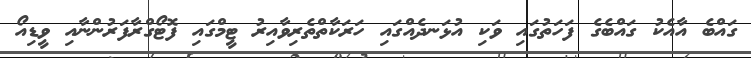
ގައްބެ އާއެކު ގައްބެގެ ފަހަތުގައި ވަކި އުޅަނދެއްގައި ހަރަކާތްތެރިވާއިރު ޓީމްގައި ފޮޓޯގްރާފަރުންނާއި ވީޑިއޯ